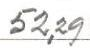
52,29